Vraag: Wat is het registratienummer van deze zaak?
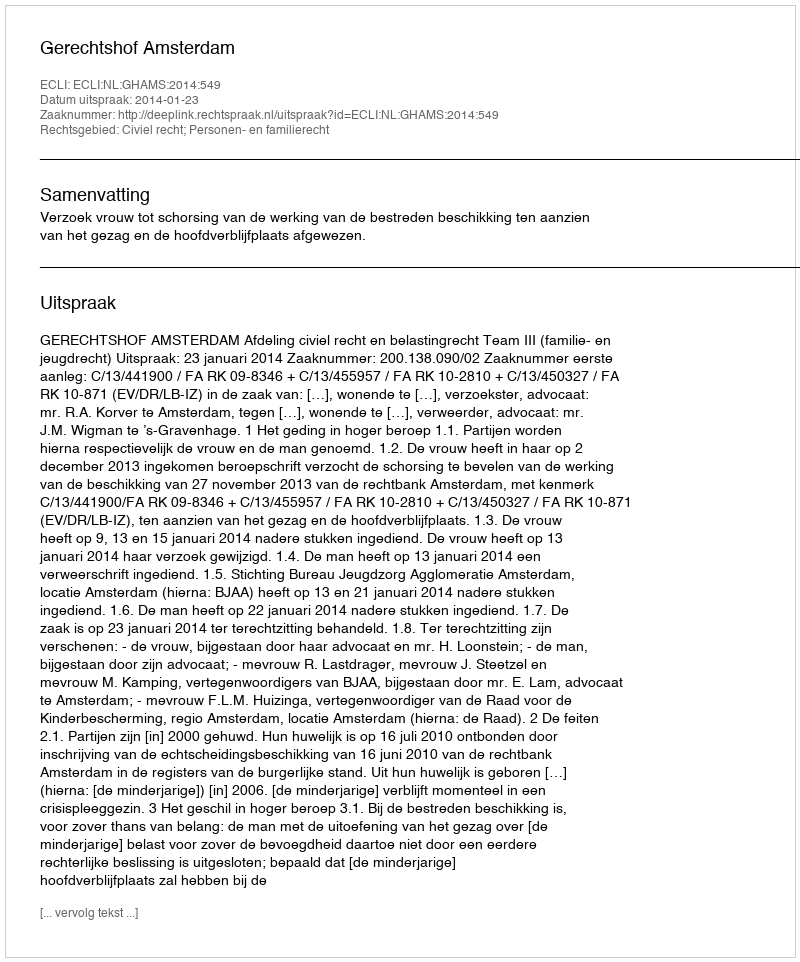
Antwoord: http://deeplink.rechtspraak.nl/uitspraak?id=ECLI:NL:GHAMS:2014:549